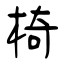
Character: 椅